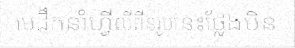
មេដឹកនាំហ្វីលីពីនរូបនេះថ្លែងមិន